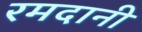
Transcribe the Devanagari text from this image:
रमदानी